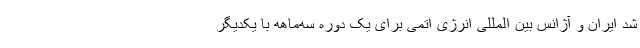
شد ایران و آژانس بین المللی انرژی اتمی برای یک دوره سه‌ماهه با یکدیگر